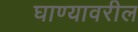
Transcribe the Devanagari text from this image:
घाण्यावरील